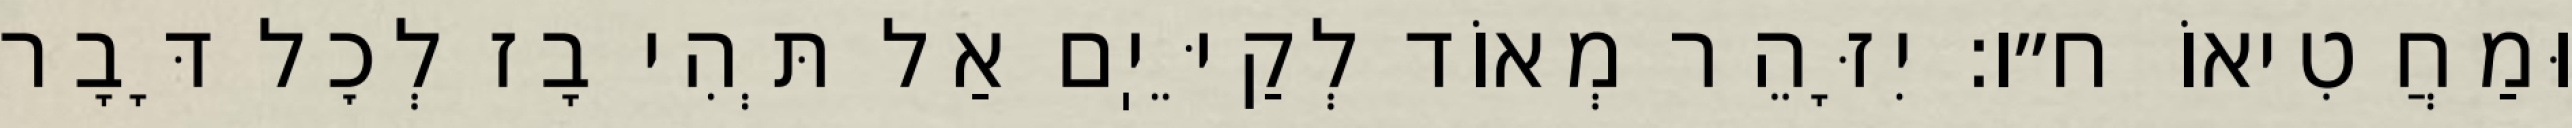
וּמַחֲטִיאוֹ ח״ו: יִזָּהֵר מְאוֹד לְקַיֵּיֽם אַל תְּהִי בָז לְכׇל דָּבָר